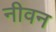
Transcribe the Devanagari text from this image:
नीवन